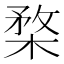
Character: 楘